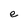
Character: e